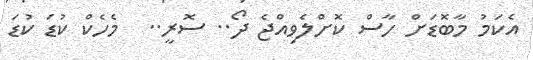
އެކަމު މާބޮޑަށް ހާސް ކޮށްލެވިއްޖެ ދޯ.. ސޮރީ..  މެހެކް ކުޑަ ކުޑަ